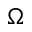
\Omega